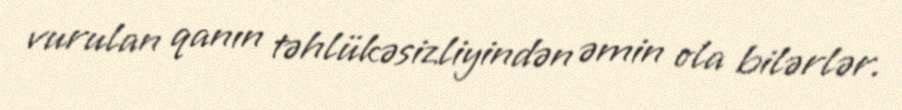
vurulan qanın təhlükəsizliyindən əmin ola bilərlər.